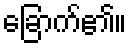
ခြောက်၏။